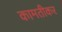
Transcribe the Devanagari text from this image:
कामतीकर